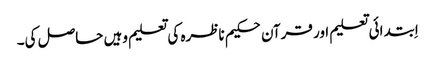
اِبتدائی تعلیم اور قرآن حکیم ناظرہ کی تعلیم وہیں حاصل کی۔